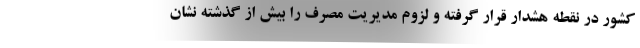
کشور در نقطه هشدار قرار گرفته و لزوم مدیریت مصرف را بیش از گذشته نشان